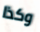
وكذا